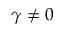
\gamma \neq 0